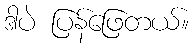
ဒါပဲ ပြန်ဖြေတယ်။